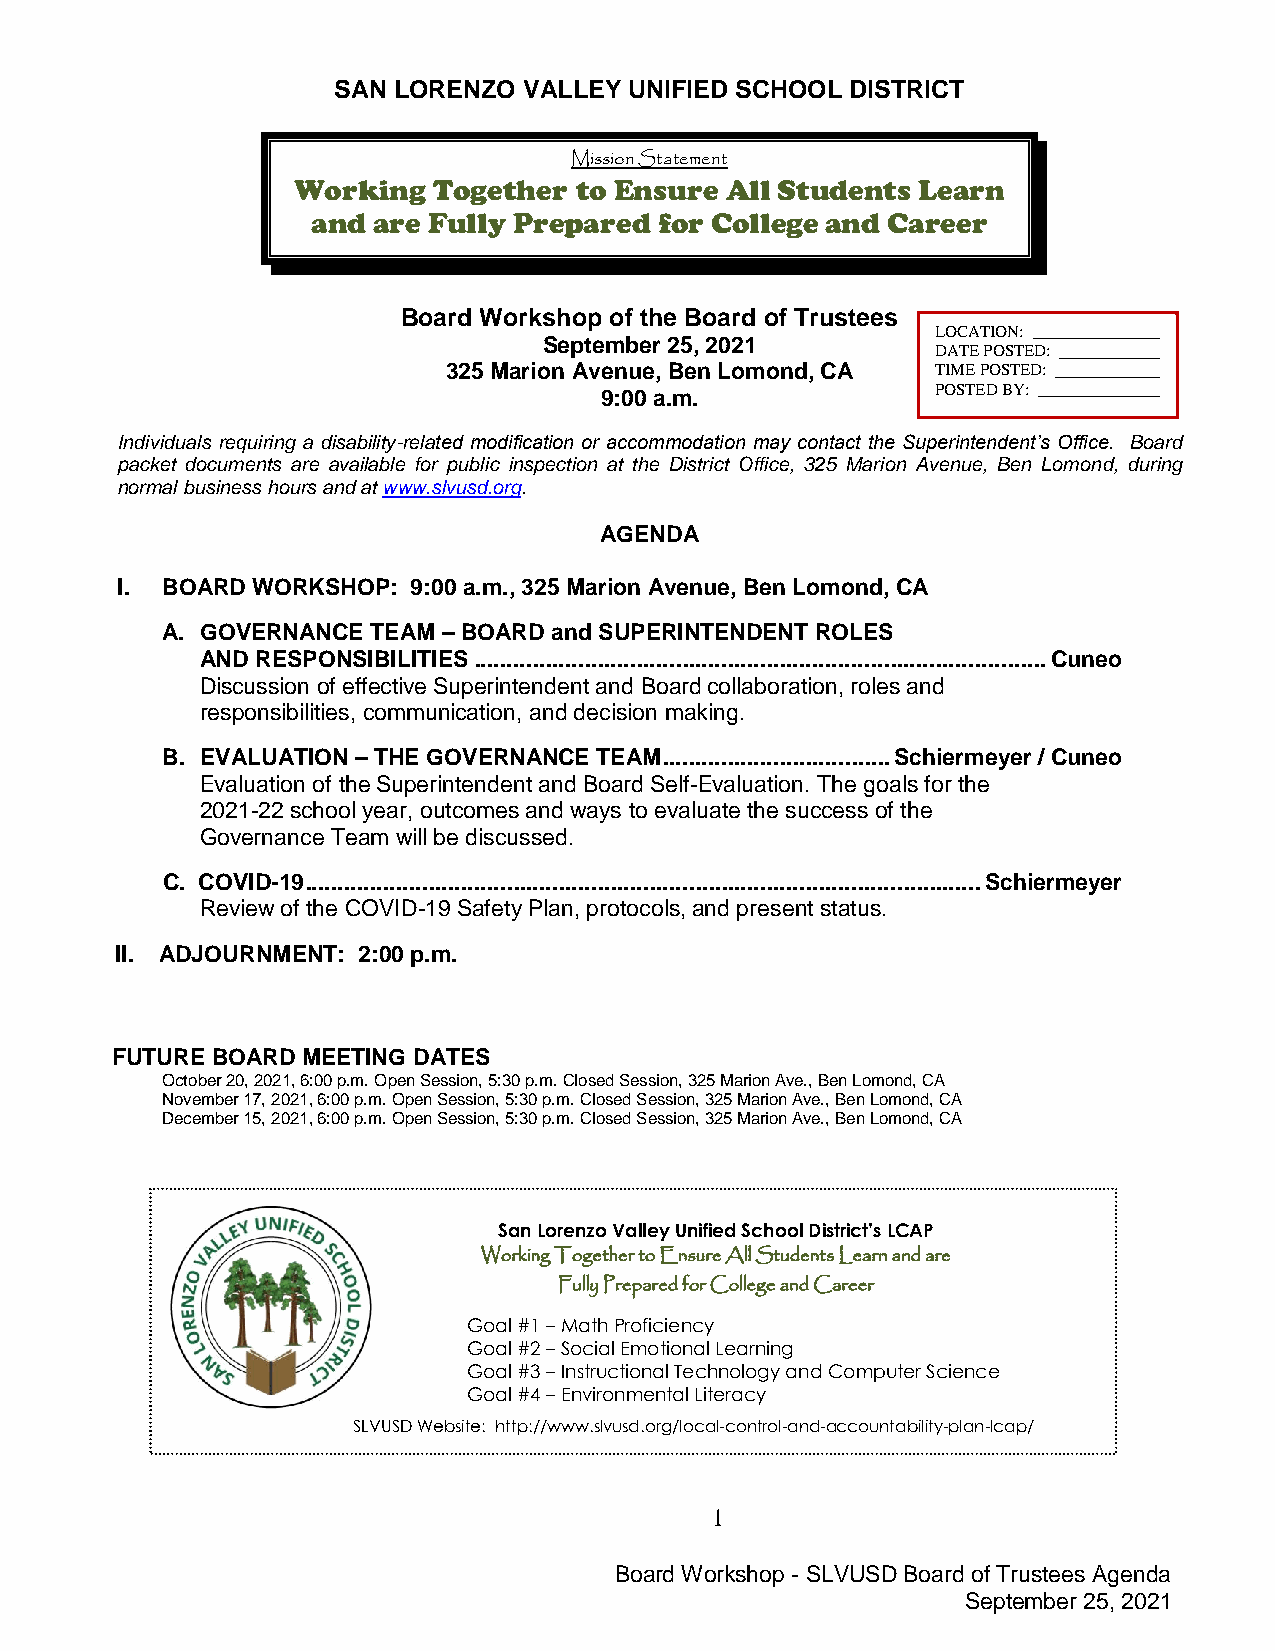
SAN LORENZO  VALLEY UNIFIED SCHOOL DISTRICT
 Mission Statement
 Working   Together to Ensure All Students Learn
 and are Fully Prepared for College and Career
 Board Workshop of the Board of Trustees
 LOCATION:
 September 25, 2021
 DATE POSTED:
 325 Marion Avenue, Ben Lomond, CA TIME POSTED:
 9:00 a.m.             POSTED BY:
 Individuals requiring a disability-related modification or accommodation may contact the Superintendent’s Office. Board
 packet documents are available for public inspection at the District Office, 325 Marion Avenue, Ben Lomond, during
 normal business hours and at www.slvusd.org.
 AGENDA
 I. BOARD WORKSHOP: 9:00 a.m., 325 Marion Avenue, Ben Lomond, CA
 A. GOVERNANCE TEAM – BOARD and SUPERINTENDENT ROLES
 AND RESPONSIBILITIES ........................................................................................ Cuneo
 Discussion of effective Superintendent and Board collaboration, roles and
 responsibilities, communication, and decision making.
 B. EVALUATION – THE GOVERNANCE TEAM ................................... Schiermeyer / Cuneo
 Evaluation of the Superintendent and Board Self-Evaluation. The goals for the
 2021-22 school year, outcomes and ways to evaluate the success of the
 Governance Team will be discussed.
 C. COVID-19 ........................................................................................................ Schiermeyer
 Review of the COVID-19 Safety Plan, protocols, and present status.
 II. ADJOURNMENT: 2:00 p.m.
 FUTURE BOARD MEETING DATES
 October 20, 2021, 6:00 p.m. Open Session, 5:30 p.m. Closed Session, 325 Marion Ave., Ben Lomond, CA
 November 17, 2021, 6:00 p.m. Open Session, 5:30 p.m. Closed Session, 325 Marion Ave., Ben Lomond, CA
 December 15, 2021, 6:00 p.m. Open Session, 5:30 p.m. Closed Session, 325 Marion Ave., Ben Lomond, CA
 San Lorenzo Valley Unified Sc hool District’s LCAP
 Working Together to Ensure All Students Learn and are
 Fully Prepared for Colle ge and Career
 Goal #1 – Math Proficiency
 Goal #2 – Social Emotional Lear ning
 Goal #3 – Instructional Technology and Computer Science
 Goal #4 – Environmental Literacy
 SLVUSD Website: http://www.slvusd.org/local-control-and-accountability-plan-lcap/
 1
 Board Workshop - SLVUSD Board of Trustees Agenda
 September 25, 2021